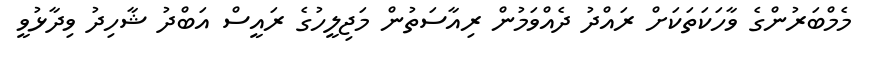
މެމްބަރުންގެ ވާހަކަތަކަށް ރައްދު ދެއްވަމުން ރިއާސަތުން މަޖިލީހުގެ ރައީސް އަބްދު ޝާހިދު ވިދާޅުވީ